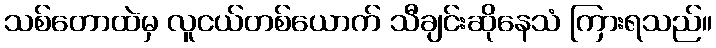
သစ်တောထဲမှ လူငယ်တစ်ယောက် သီချင်းဆိုနေသံ ကြားရသည်။